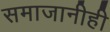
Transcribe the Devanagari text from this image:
समाजानीही